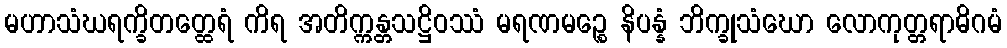
မဟာသံဃရက္ခိတတ္ထေရံ ကိရ အတိက္ကန္တသဋ္ဌိဝဿံ မရဏမဉ္စေ နိပန္နံ ဘိက္ခုသံဃော လောကုတ္တရာဓိဂမံ